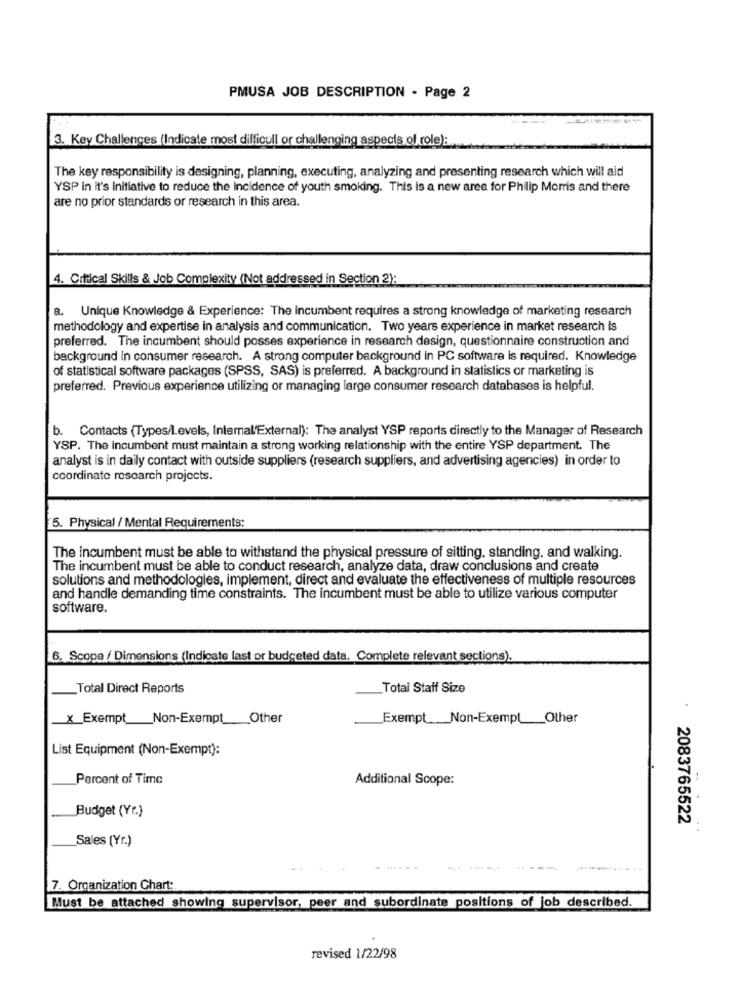
PMUSA JOB DESCRIPTION - Page 2
3. Key Challenges (Indicate most difficull or challenging aspects of role):
The key responsibility is designing, planning, executing, analyzing and presenting research which will aid
YSP in it's initiative to reduce the incidence of youth smoking. This is a new area for Philip Morris and there
are no prior standards or research in this area.
4. Cittical Skills & Job Complexity (Not addressed in Section 2):
a. Unique Knowledge & Experience: The incumbent requires a strong knowledge of marketing research
methodology and expertise in analysis and communication. Two years experience in market research is
preferred. The incumbent should posses experience in research design, questionnaire construction and
background in consumer research. A strong computer background in PC software is required. Knowledge
of statistical software packages (SPSS, SAS) is preferred. A background in statistics or marketing is
preferred. Previous experience utilizing or managing large consumer research databases is helpful.
b. Contacts (Types/Levels, Internal'External): The analyst YSP reports directly to the Manager of Research
YSP. The incumbent must maintain a strong working relationship with the entire YSP department. The
analyst is in daily contact with outside suppliers (research suppliers, and advertising agencies) in order to
coordinate research projects.
5. Physical / Mental Requirements:
The incumbent must be able to withstand the physical pressure of sitting, standing, and walking.
The incumbent must be able to conduct research, analyze data, draw conclusions and create
solutions and methodologies, implement, direct and evaluate the effectiveness of multiple resources
and handle demanding time constraints. The incumbent must be able to utilize various computer
software.
6. Scopa / Dimensions (Indicate last or budgeted data. Complete relevant sections).
_Total Direct Reports
Total Staff Size
× Exempt_Non-Exempt __ Other
Exempt __ Non-Exempt_Other
List Equipment (Non-Exempt):
Percent of Time
Additional Scope:
Budget (Yr.)
2083765522
Sales (Yr.)
......
7. Organization Chart:
Must be attached showing supervisor, peer and subordinate positions of job described.
revised 1/22/98